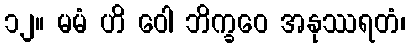
၁၂။ မမံ ဟိ ဝေါ ဘိက္ခဝေ အနုဿရတံ၊